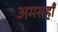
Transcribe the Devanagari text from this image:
अमसहाँ